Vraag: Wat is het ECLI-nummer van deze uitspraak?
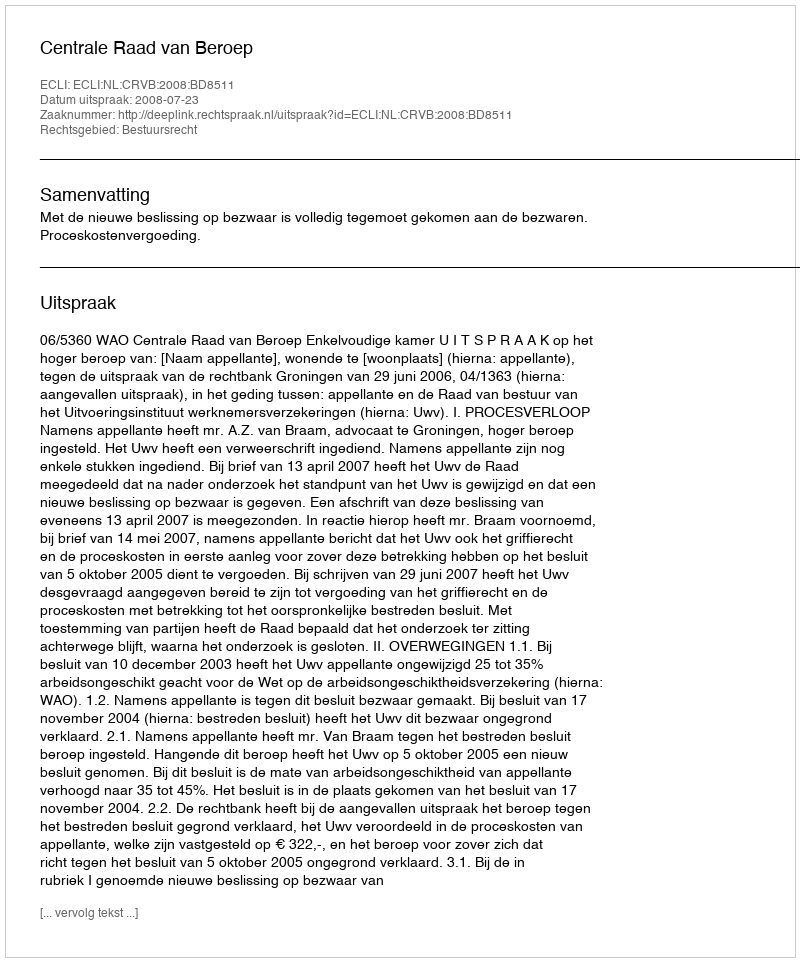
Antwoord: ECLI:NL:CRVB:2008:BD8511